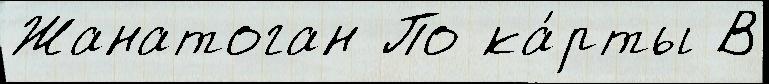
Жанатоган По ка́рты В